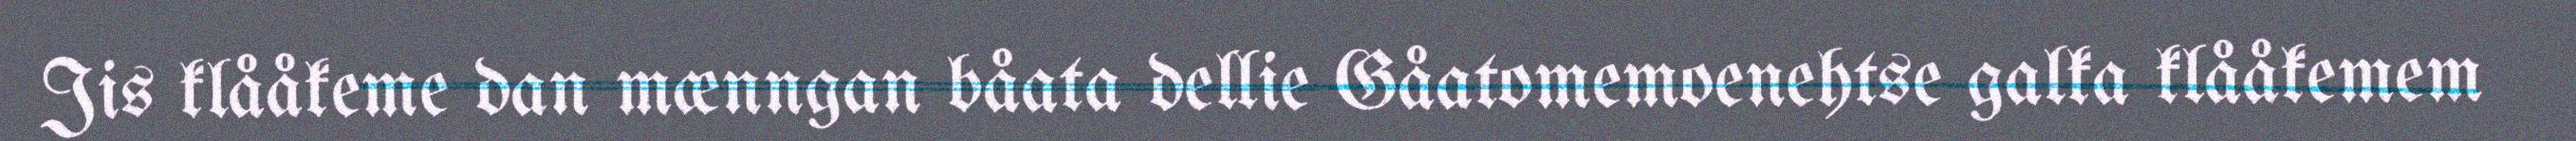
Jis klååkeme dan mænngan båata dellie Gåatomemoenehtse galka klååkemem